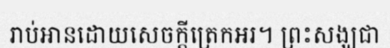
រាប់អានដោយសេចក្តីត្រេកអរ។ ព្រះសង្ឃជា